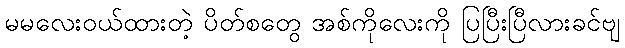
မမလေးဝယ်ထားတဲ့ ပိတ်စတွေ အစ်ကိုလေးကို ပြပြီးပြီလားခင်ဗျ